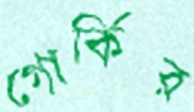
গোর্কির